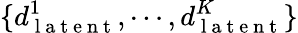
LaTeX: \{ d_{\mathrm{~l~a~t~e~n~t~}}^{1},\cdots,d_{\mathrm{~l~a~t~e~n~t~}}^{K}\}